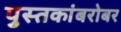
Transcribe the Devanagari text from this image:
पुस्तकांबरोबर